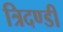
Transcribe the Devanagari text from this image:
त्रिदण्डी